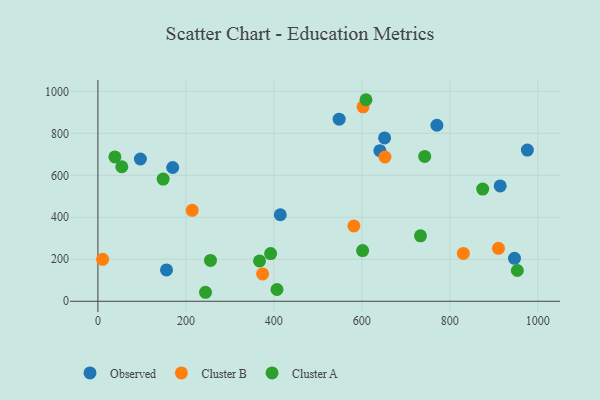
{"axis": {"x": "Investment", "y": "Rating"}, "legend": ["Cluster A", "Cluster B", "Observed"], "data": [{"x": "170.0", "y": 637.2, "type": "Observed"}, {"x": "947.0", "y": 204.6, "type": "Observed"}, {"x": "914.5", "y": 549.2, "type": "Observed"}, {"x": "641.0", "y": 717.2, "type": "Observed"}, {"x": "155.9", "y": 149.1, "type": "Observed"}, {"x": "548.4", "y": 867.2, "type": "Observed"}, {"x": "770.6", "y": 838.4, "type": "Observed"}, {"x": "414.6", "y": 412.2, "type": "Observed"}, {"x": "96.5", "y": 677.7, "type": "Observed"}, {"x": "651.7", "y": 777.9, "type": "Observed"}, {"x": "976.3", "y": 720.1, "type": "Observed"}, {"x": "652.5", "y": 687.1, "type": "Cluster B"}, {"x": "910.6", "y": 252.0, "type": "Cluster B"}, {"x": "830.7", "y": 227.8, "type": "Cluster B"}, {"x": "581.9", "y": 358.8, "type": "Cluster B"}, {"x": "214.3", "y": 433.2, "type": "Cluster B"}, {"x": "602.8", "y": 926.0, "type": "Cluster B"}, {"x": "374.4", "y": 130.0, "type": "Cluster B"}, {"x": "10.7", "y": 199.6, "type": "Cluster B"}, {"x": "609.4", "y": 960.0, "type": "Cluster A"}, {"x": "38.6", "y": 687.5, "type": "Cluster A"}, {"x": "953.5", "y": 146.6, "type": "Cluster A"}, {"x": "733.3", "y": 311.5, "type": "Cluster A"}, {"x": "601.7", "y": 241.2, "type": "Cluster A"}, {"x": "367.4", "y": 192.2, "type": "Cluster A"}, {"x": "407.1", "y": 56.1, "type": "Cluster A"}, {"x": "54.3", "y": 640.7, "type": "Cluster A"}, {"x": "255.9", "y": 194.7, "type": "Cluster A"}, {"x": "392.6", "y": 227.1, "type": "Cluster A"}, {"x": "874.7", "y": 534.5, "type": "Cluster A"}, {"x": "742.9", "y": 689.9, "type": "Cluster A"}, {"x": "148.3", "y": 582.2, "type": "Cluster A"}, {"x": "244.6", "y": 42.8, "type": "Cluster A"}]}